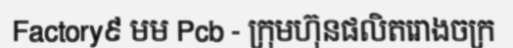
Factory៩ មម Pcb - ក្រុមហ៊ុនផលិតរោងចក្រ